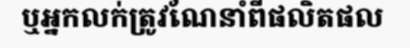
ឬអ្នកលក់ត្រូវណែនាំពីផលិតផល